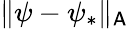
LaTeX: \| \psi-\psi_{*}\| _{\mathsf{A}}